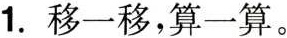
1.移一移，算一算。